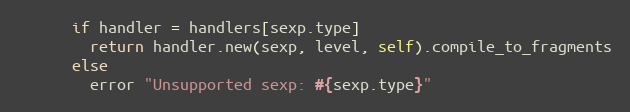
Language: Ruby
      if handler = handlers[sexp.type]
        return handler.new(sexp, level, self).compile_to_fragments
      else
        error "Unsupported sexp: #{sexp.type}"